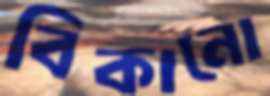
বিকানো